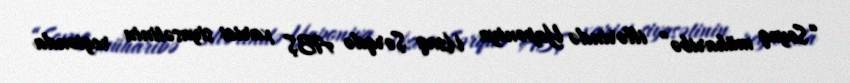
“Soyuq müharibə” illərində Yaponiya Uzaq Şərqdə ABŞ xarici siyasətinin regionda